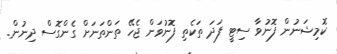
ކޮމިޝަނުން ފޮނުވާ ސިޓީ ފަދަ ތަކެތި ފޮނުވަން ޖެހޭ ތަންތަނަށް ގެންގޮސް ދިނުން.